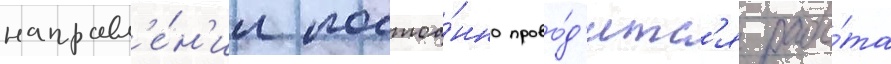
направл'е́н'ии постоа́нно прово́д'итс'я рабо́та